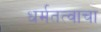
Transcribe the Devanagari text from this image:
धर्मतत्वाचा